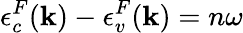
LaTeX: \epsilon_{c}^{F}(\textbf{k})-\epsilon_{v}^{F}(\textbf{k})=n\omega